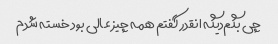
چی بگم‌دیگه انقدر گفتم همه چیز عالی بود خسته شدم